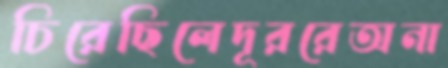
চিরেছিলেদূররেঅনা